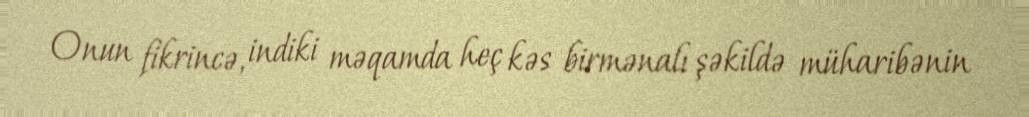
Onun fikrincə, indiki məqamda heç kəs birmənalı şəkildə müharibənin